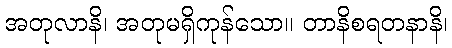
အတုလာနိ၊ အတုမရှိကုန်သော။ တာနိစရတနာနိ၊